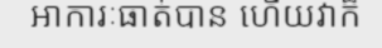
អាការៈធាត់បាន ហើយវាក៏